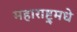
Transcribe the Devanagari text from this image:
महाराष्ट्र्मधे